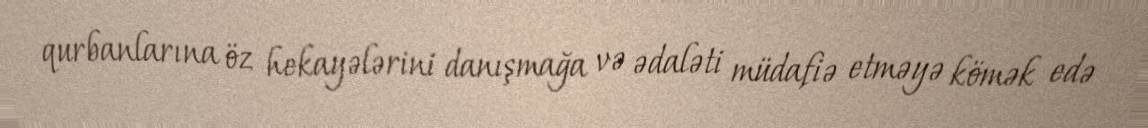
qurbanlarına öz hekayələrini danışmağa və ədaləti müdafiə etməyə kömək edə